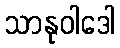
သာနုဝါဒေါ